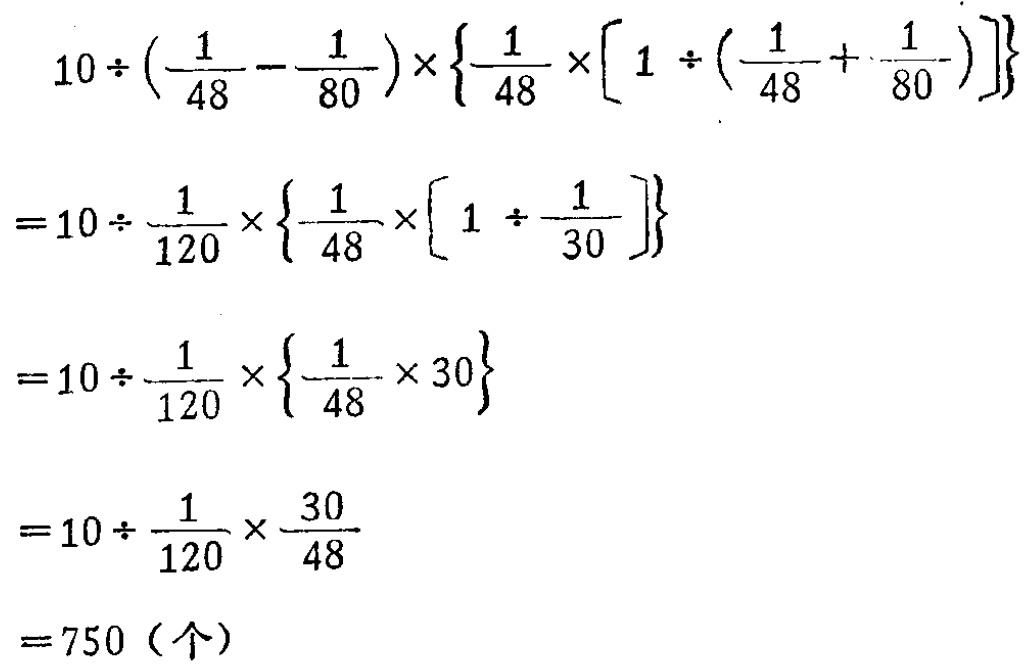
\[
\begin{align*}
&10\div(\frac{1}{48}-\frac{1}{80})\times\{\frac{1}{48}\times[1\div(\frac{1}{48}+\frac{1}{80})]\}\\
=&10\div\frac{1}{120}\times\{\frac{1}{48}\times[1\div\frac{1}{30}]\}\\
=&10\div\frac{1}{120}\times\{\frac{1}{48}\times30\}\\
=&10\div\frac{1}{120}\times\frac{30}{48}\\
=&750（个）
\end{align*}
\]